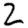
Digit: 2